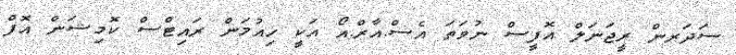
ސަދަރން ރީޖަނަލް އޮފީސް ނުވަތަ އެސް.އާރް.އޯ އަކީ ހިއުމަން ރައިޓްސް ކޮމިޝަން އޮފް